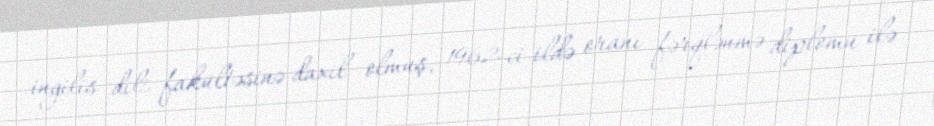
ingilis dili fakültəsinə daxil olmuş, 1962-ci ildə oranı fərqlənmə diplomu ilə